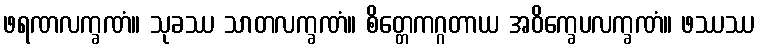
ဖရဏလက္ခဏံ။ သုခဿ သာတလက္ခဏံ။ စိတ္တေကဂ္ဂတာယ အဝိက္ခေပလက္ခဏံ။ ဖဿဿ